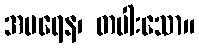
အပရေန၊ တပါးသော။